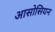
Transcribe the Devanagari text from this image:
आसोसियन